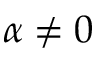
\alpha \ne 0